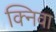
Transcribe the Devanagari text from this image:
क्निवा